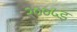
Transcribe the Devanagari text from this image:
२००५इ